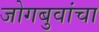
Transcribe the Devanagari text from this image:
जोगबुवांचा